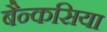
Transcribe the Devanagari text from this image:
बैन्कसिया